Proceedings of the meeting of veterinary officers in India
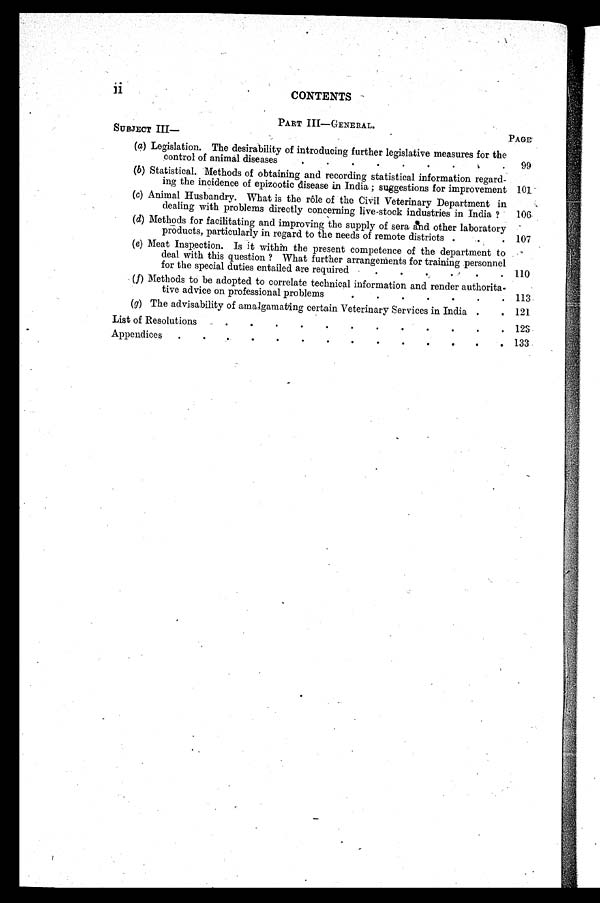
ii
CONTENTS
PART III—GENERAL.
SUBJECT III—
(a) Legislation. The desirability of introducing further legislative measures for the
control of animal diseases
.
.
.
.
.
.
.
.
.
(b) Statistical. Methods of obtaining and recording statistical information regard-
ing the incidence of epizootic disease in India; suggestions for improvement
(c) Animal Husbandry. What is the role of the Civil Veterinary Department in
dealing with problems directly concerning live-stock industries in India?
(d) Methods for facilitating and improving the supply of sera and other laboratory
products, particularly in regard to the needs of remote districts .
(e) Meat Inspection. Is it within the present competence of the department to
deal with this question? What further arrangements for training personnel
for the special duties entailed are required
.
.
.
.
.
.
(f) Methods to be adopted to correlate technical information and render authorita-
tive advice on professional problems
.
.
.
.
.
.
.
(g) The advisability of amalgamating certain Veterinary Services in India .
List of Resolutions . . . . . .
Appendics . . . .
PAGE
99
101
106
107
110
113
121
123
133